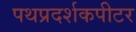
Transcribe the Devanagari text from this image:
पथप्रदर्शकपीटर